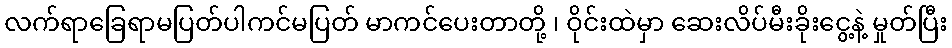
လက်ရာခြေရာမပြတ်ပါကင်မပြတ် မာကင်ပေးတာတို့ ၊ ဝိုင်းထဲမှာ ဆေးလိပ်မီးခိုးငွေ့နဲ့ မှုတ်ပြီး